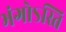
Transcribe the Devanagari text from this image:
भंगोऽस्ति